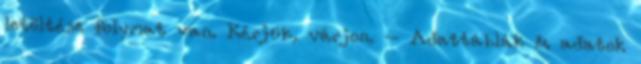
letöltése folymat van. Kérjük, várjon. – Adattáblák & adatok